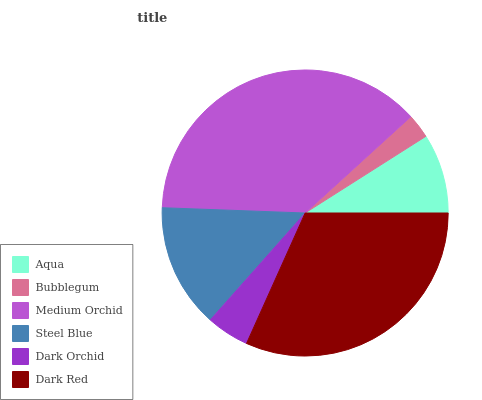
| Aqua | Bubblegum | Medium Orchid | Steel Blue | Dark Orchid | Dark Red |
 | --- | --- | --- | --- | --- | --- |
 | 9.01% | 2.75% | 37.7% | 14% | 4.84% | 31.7% |